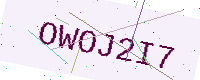
Text: OWOJ2I7